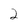
Character: 2